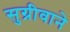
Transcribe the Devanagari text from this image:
सुग्रीवाने